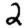
Digit: 2